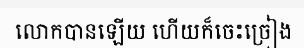
លោកបានឡើយ ហើយក៏ចេះច្រៀង